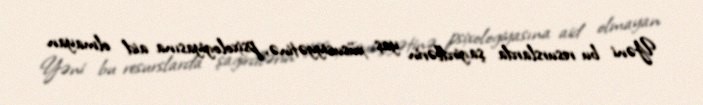
Yəni bu resurslarda şagirdlərin yaş xüsusiyyətinə, psixologiyasına aid olmayan